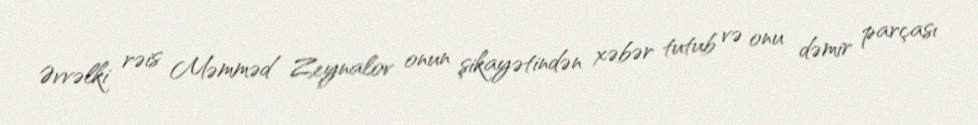
Əvvəlki rəis Məmməd Zeynalov onun şikayətindən xəbər tutub və onu dəmir parçası